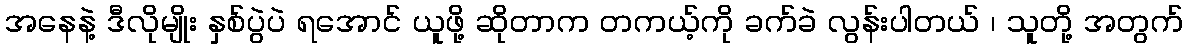
အနေနဲ့ ဒီလိုမျိုး နှစ်ပွဲပဲ ရအောင် ယူဖို့ ဆိုတာက တကယ့်ကို ခက်ခဲ လွန်းပါတယ် ၊ သူတို့ အတွက်